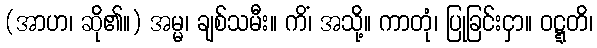
(အာဟ၊ ဆို၏။) အမ္မ၊ ချစ်သမီး။ ကိံ၊ အသို့။ ကာတုံ၊ ပြုခြင်းငှာ။ ဝဋ္ဋတိ၊